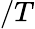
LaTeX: /T